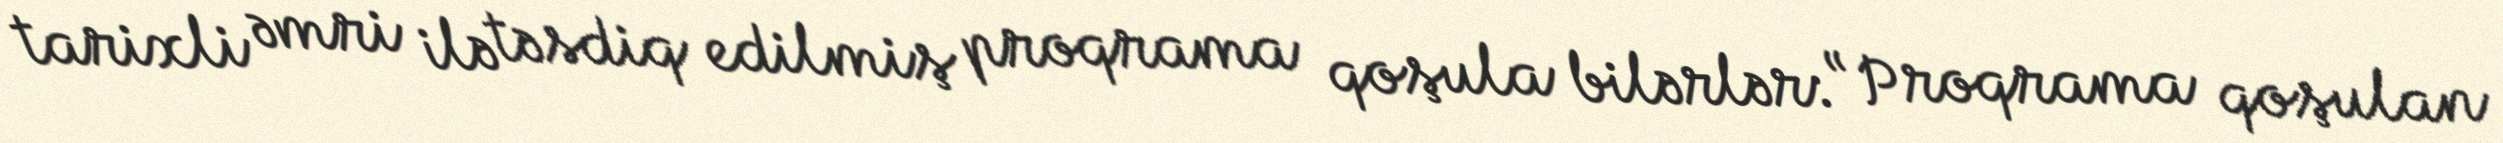
tarixli əmri ilə təsdiq edilmiş proqrama qoşula bilərlər: “Proqrama qoşulan